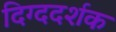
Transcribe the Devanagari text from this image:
दिग्ददर्शक